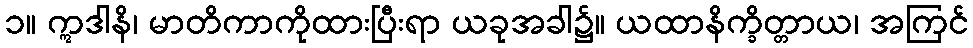
၁။ ဣဒါနိ၊ မာတိကာကိုထားပြီးရာ ယခုအခါ၌။ ယထာနိက္ခိတ္တာယ၊ အကြင်